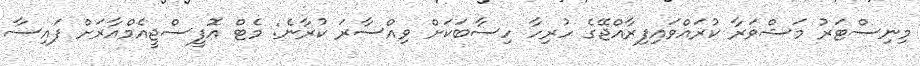
މިނިސްޓަރު މަޝްވަރާ ކުރައްވައިފިރާއްޖޭގެ ހުރިހާ ހިސާބަކަށް ވިއްސާރަ ކުރާނެ: މެޓް އޮފީސްޖީއެމްއާރަށް ފައިސާ